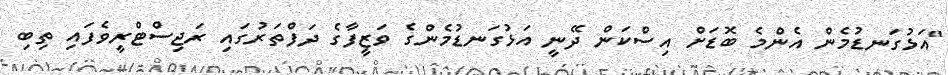
"އަޅުގަނޑުމެން އެންމެ ބޮޑަށް އިސްކަން ދޭނީ އަޅުގަނޑުމެންގެ ވަޒީފާގެ ދަފްތަރުގައި ރަޖިސްޓްރީވެފައި ތިބި